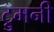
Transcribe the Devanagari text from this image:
ट्रुमनी